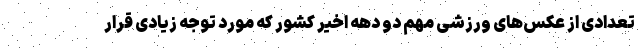
تعدادی از عکس‌های ورزشی مهم دو دهه اخیر کشور که مورد توجه زیادی قرار